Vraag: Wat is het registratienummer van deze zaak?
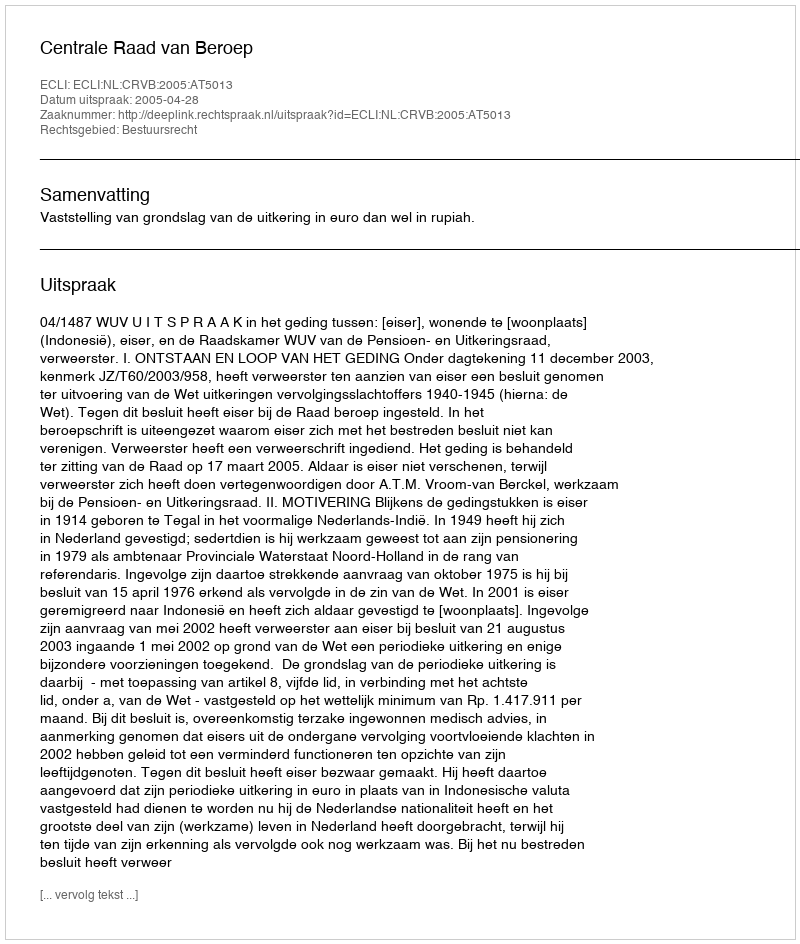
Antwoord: http://deeplink.rechtspraak.nl/uitspraak?id=ECLI:NL:CRVB:2005:AT5013